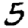
Digit: 5